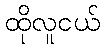
ထိုလူငယ်